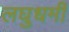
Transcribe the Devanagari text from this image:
लघुधर्मी